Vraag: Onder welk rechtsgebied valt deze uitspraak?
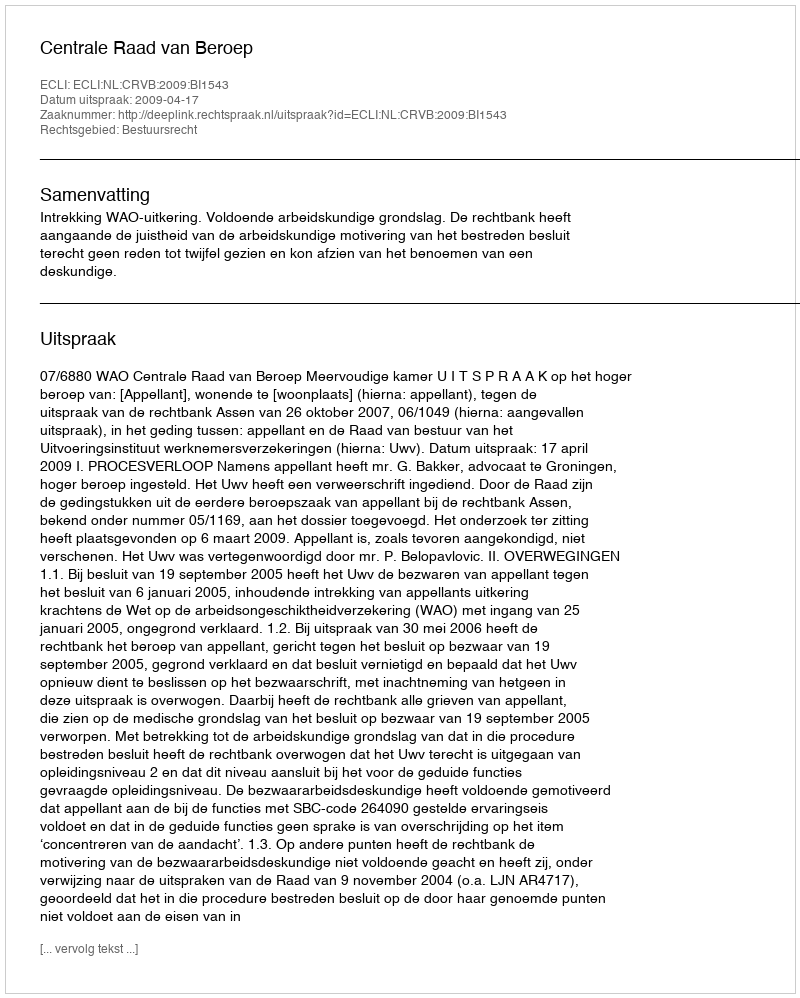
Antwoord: Bestuursrecht